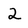
Character: 2